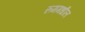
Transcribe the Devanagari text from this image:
रूममधील